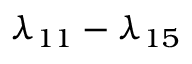
\lambda _ { 1 1 } - \lambda _ { 1 5 }